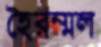
হৈরম্মল